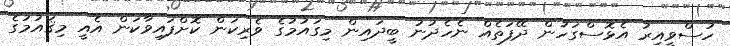
ހުސްވީއިރު އެޅޮސްގަހުން ދޭފަތެއް ނެހެދުނު ބީދައިން މިގައުމުގެ ވެރިކަން ކޮށްފައިވާކަން އެއީ މިޤައުމުގެ